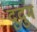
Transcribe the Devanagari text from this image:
दुदुम